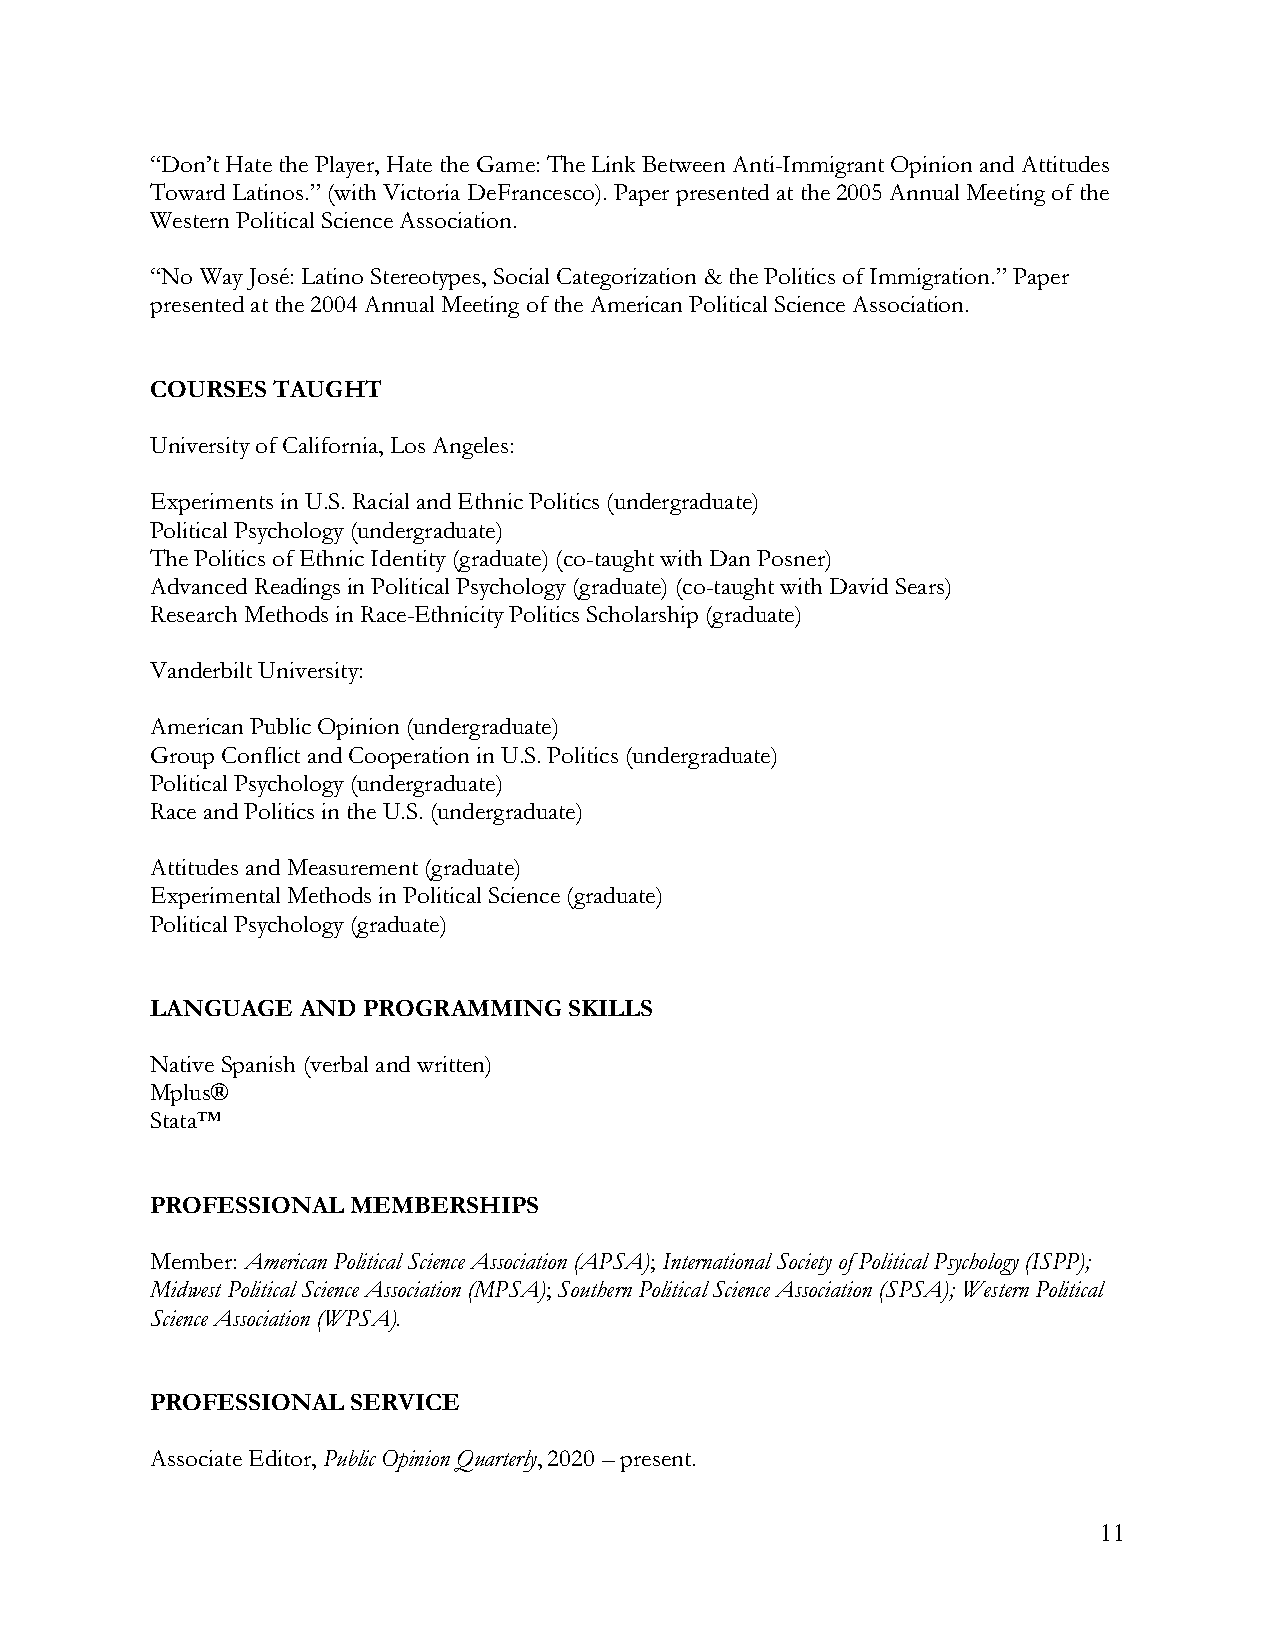
“Don’t Hate the Player, Hate the Game: The Link Between Anti-Immigrant Opinion and Attitudes
 Toward Latinos.” (with Victoria DeFrancesco). Paper presented at the 2005 Annual Meeting of the
 Western Political Science Association.
 “No Way José: Latino Stereotypes, Social Categorization & the Politics of Immigration.” Paper
 presented at the 2004 Annual Meeting of the American Political Science Association.
 COURSES TAUGHT
 University of California, Los Angeles:
 Experiments in U.S. Racial and Ethnic Politics (undergraduate)
 Political Psychology (undergraduate)
 The Politics of Ethnic Identity (graduate) (co-taught with Dan Posner)
 Advanced Readings in Political Psychology (graduate) (co-taught with David Sears)
 Research Methods in Race-Ethnicity Politics Scholarship (graduate)
 Vanderbilt University:
 American Public Opinion (undergraduate)
 Group Conflict and Cooperation in U.S. Politics (undergraduate)
 Political Psychology (undergraduate)
 Race and Politics in the U.S. (undergraduate)
 Attitudes and Measurement (graduate)
 Experimental Methods in Political Science (graduate)
 Political Psychology (graduate)
 LANGUAGE  AND PROGRAMMING   SKILLS
 Native Spanish (verbal and written)
 Mplus®
 Stata™
 PROFESSIONAL MEMBERSHIPS
 Member: American Political Science Association (APSA); International Society of Political Psychology (ISPP);
 Midwest Political Science Association (MPSA); Southern Political Science Association (SPSA); Western Political
 Science Association (WPSA).
 PROFESSIONAL SERVICE
 Associate Editor, Public Opinion Quarterly, 2020 – present.
 11